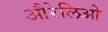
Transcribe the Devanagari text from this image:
औरेलिओ